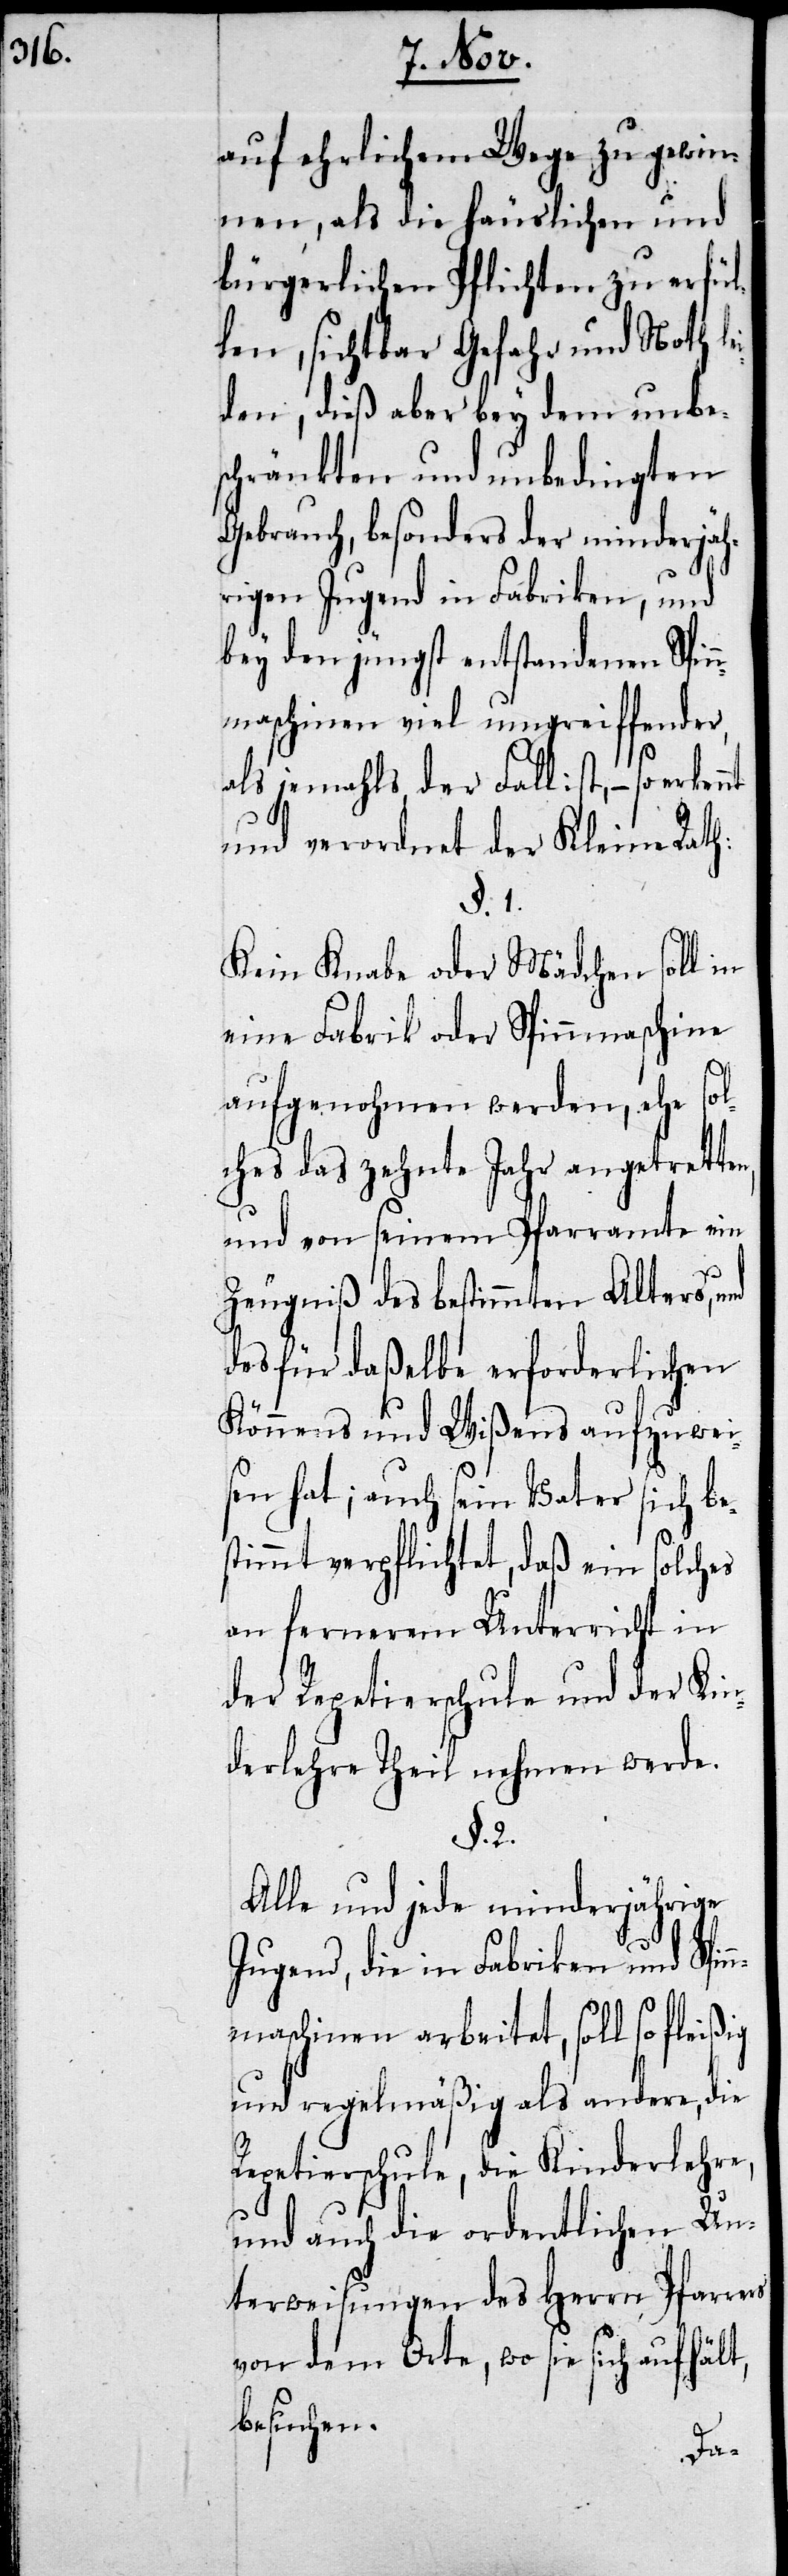
auf ehrlichem Wege zu gewin¬
nen, als die häuslichen und
bürgerlichen Pflichten zu erfül¬
len, sichtbar Gefahr und Noth le¬
iden, dieß aber bey dem unbe¬
schränkten und unbedingten
Gebrauch, besonders der minderjäh¬
rigen Jugend in Fabriken, und
bey den jüngst entstandenen Spin¬
nmaschinen viel umgreiffender,
als jemahls, der Fall ist, – so
und verordnet der Kleine Rath:
§. 1.
Kein Knabe oder Mädchen soll in
eine Fabrik oder Spinnmaschine
aufgenohmen werden, ehe sol¬
ches das zehnte Jahr angetretten,
und von seinem Pfarramte ein
Zeugniß des bestimmten Alters, und
des für daßelbe erforderlichen
Könnens und Wißens aufzuwei¬
sen hat; auch sein Vater sich be¬
stimmt verpflichtet, daß ein solches
an fernerem Unterricht in
der Repetierschule und der Kin¬
derlehre Theil nehmen werde.
§. 2.
Alle und jede minderjährige
Jugend, die in Fabriken und Spin¬
nmaschinen arbeitet, soll so fleißig
und regelmäßig als andere, die
Repetierschule, die Kinderlehre,
und auch die ordentlichen Un¬
terweisungen des Herrn Pfarrers
von dem Orte, wo es sich aufhält,
besuchen.